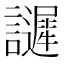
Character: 𧭟